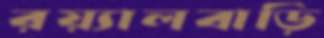
রয়্যালবাড়ি